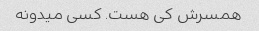
همسرش کی هست. کسی میدونه